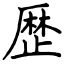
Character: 歴